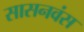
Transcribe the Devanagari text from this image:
सासनवंस